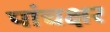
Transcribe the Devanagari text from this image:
पांचक्षर